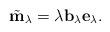
LaTeX: \begin{align*}\tilde{\mathbf{m}}_\lambda=\lambda \mathbf{b}_\lambda \mathbf{e}_\lambda.\end{align*}